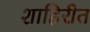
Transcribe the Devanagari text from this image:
शाहिरीत